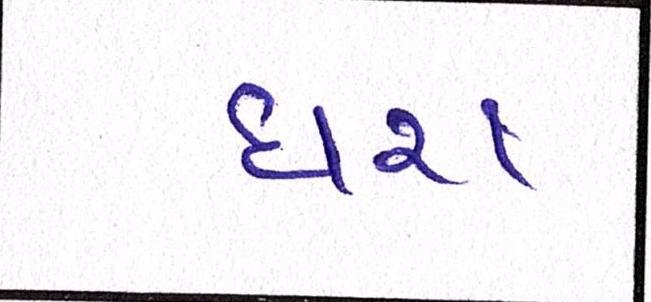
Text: ધરા